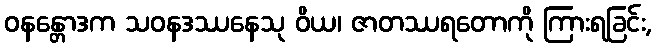
ဝနန္တောဒက သဝနဒဿနေသု ဝိယ၊ ဇာတဿရတောကို ကြားရခြင်း,